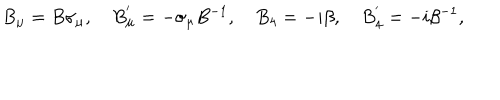
B _ { \mu } = B \sigma _ { \mu } , ~ B _ { \mu } ^ { ' } = - \sigma _ { \mu } B ^ { - 1 } , ~ B _ { 4 } = - i \beta , ~ B _ { 4 } ^ { ' } = - i \beta ^ { - 1 } ,